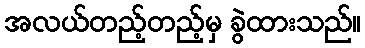
အလယ်တည့်တည့်မှ ခွဲထားသည်။